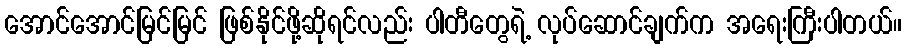
အောင်အောင်မြင်မြင် ဖြစ်နိုင်ဖို့ဆိုရင်လည်း ပါတီတွေရဲ့ လုပ်ဆောင်ချက်က အရေးကြီးပါတယ်။